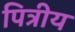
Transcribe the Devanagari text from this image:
पित्रीय